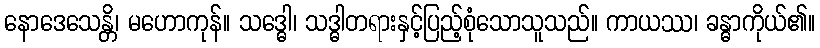
နောဒေသေန္တိ၊ မဟောကုန်။ သဒ္ဓေါ၊ သဒ္ဓါတရားနှင့်ပြည့်စုံသောသူသည်။ ကာယဿ၊ ခန္ဓာကိုယ်၏။